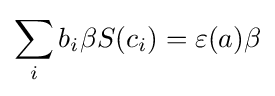
\sum _{i}b_{i}\beta S(c_{i})=\varepsilon (a)\beta